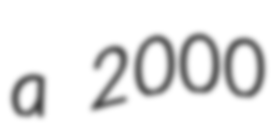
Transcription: a 2000